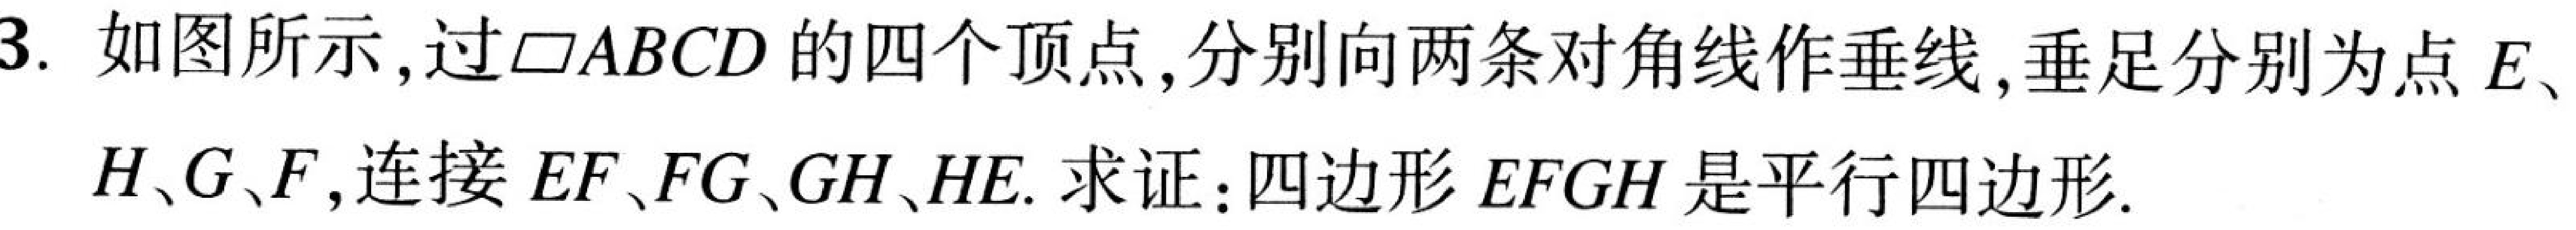
3. 如图所示,过$\square ABCD$的四个顶点,分别向两条对角线作垂线,垂足分别为点$E$、$H、G、F$,连接$EF、FG、GH、HE.$ 求证：四边形$EFGH$是平行四边形.